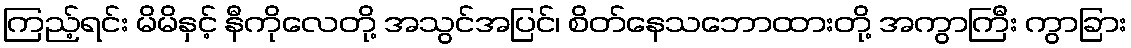
ကြည့်ရင်း မိမိနှင့် နီကိုလေတို့ အသွင်အပြင်၊ စိတ်နေသဘောထားတို့ အကွာကြီး ကွာခြား